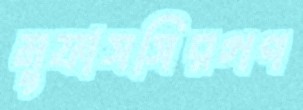
মুফাসসিরগণ